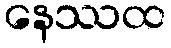
နေဿထ